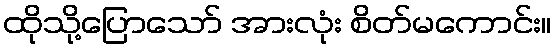
ထိုသို့ပြောသော် အားလုံး စိတ်မကောင်း။